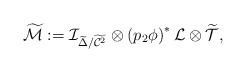
LaTeX: \begin{align*}\widetilde{\mathcal{M}}:=\mathcal{I}_{\widetilde{\Delta}/\widetilde{\mathcal{C}^{2}}}\otimes\left( p_{2}\phi\right) ^{\ast}\mathcal{L}\otimes\widetilde{\mathcal{T}}, \end{align*}